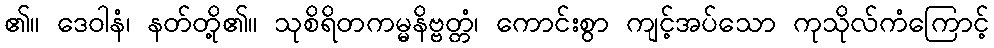
၏။ ဒေဝါနံ၊ နတ်တို့၏။ သုစိရိတကမ္မနိဗ္ဗတ္တံ၊ ကောင်းစွာ ကျင့်အပ်သော ကုသိုလ်ကံကြောင့်